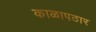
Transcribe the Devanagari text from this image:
काळापठार